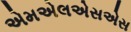
એમએલએસએસ